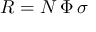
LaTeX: R = N \, \Phi \, \sigma